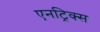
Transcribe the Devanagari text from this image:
एनट्रिक्स